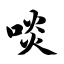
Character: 啖